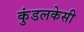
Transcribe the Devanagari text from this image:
कुंडलकेसी